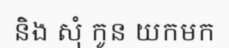
និង សុំ កូន យកមក